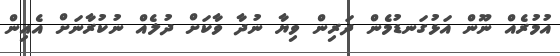
އުމުރެއް ނޫން އަޅުގަނޑުމެން ދަރިން ވިޔާ ނުދާ ވާކަށް ދުލެއް ނުކުރާނަށް އެއިން